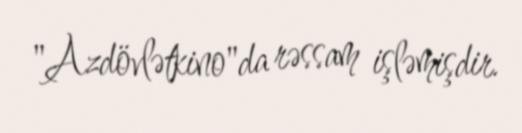
"Azdövlətkino"da rəssam işləmişdir.